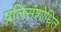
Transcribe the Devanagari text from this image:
प्रतिसंशोधित